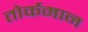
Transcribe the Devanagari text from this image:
तोर्कमान